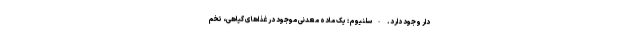
دار وجود دارد. -سلنیوم : یک ماده معدنی موجود در غذاهای گیاهی، تخم